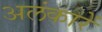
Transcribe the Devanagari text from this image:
अलंकारें